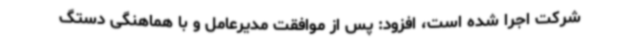
شرکت اجرا شده است، افزود: پس از موافقت مدیرعامل و با هماهنگی دستگ